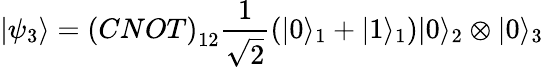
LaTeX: \left|\psi_{3}\right\rangle=\left(CNOT\right)_{12}\frac{1}{\sqrt{2}}\left(|0\rangle_{1}+|1\rangle_{1}\right)|0\rangle_{2}\otimes|0\rangle_{3}